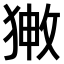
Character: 𤟸